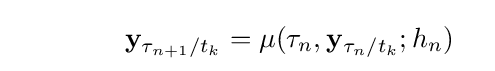
\qquad \qquad \mathbf {y} _{\tau _{n+1}/t_{k}}=\mu (\tau _{n},\mathbf {y} _{\tau _{n}/t_{k}};h_{n})\quad